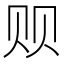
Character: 𲂻